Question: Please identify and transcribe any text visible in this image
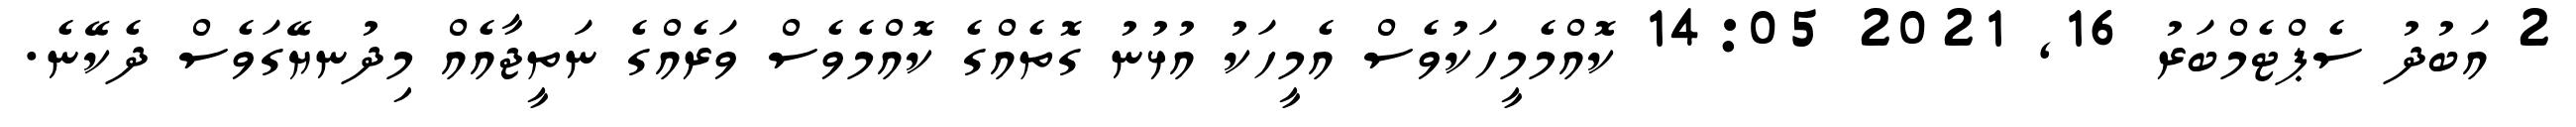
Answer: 2 އަބުދު ސެޕްޓެމްބަރު 16, 2021 14:05 ކޮއްމެމީހަކުވެސް އެމީހަކު އުޅުނު ގޮތެއްގެ ކޮއްމެވެސް ވަރެއްގެ ނަތީޖާއެއް މިދުނޔޭގަވެސް ދެކޭނެ.